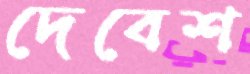
দেবেশ